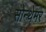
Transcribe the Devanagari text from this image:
सोन्थेमर